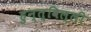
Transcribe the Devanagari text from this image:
हुन्त्विल्ली